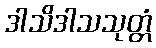
ဒါသိဒါသသုတ္တံ